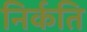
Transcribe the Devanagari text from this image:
निर्कति